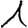
Digit: 1